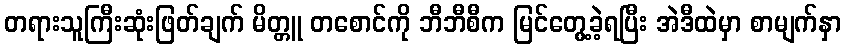
တရားသူကြီးဆုံးဖြတ်ချက် မိတ္တူ တစောင်ကို ဘီဘီစီက မြင်တွေ့ခဲ့ရပြီး အဲဒီထဲမှာ စာမျက်နှာ